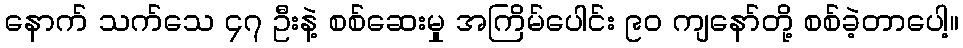
နောက် သက်သေ ၄၇ ဦးနဲ့ စစ်ဆေးမှု အကြိမ်ပေါင်း ၉၀ ကျနော်တို့ စစ်ခဲ့တာပေါ့။